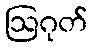
ဩဂုတ်